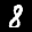
Label: 8